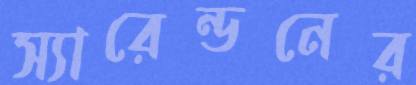
স্যারেন্ডনের